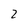
Character: 2